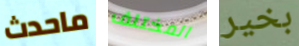
ماحدث المختلف بخير